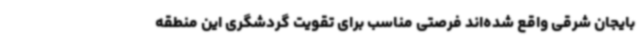
بایجان شرقی واقع شده‌اند فرصتی مناسب برای تقویت گردشگری این منطقه